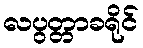
လပွတ္တာခရိုင်